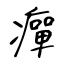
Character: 癉